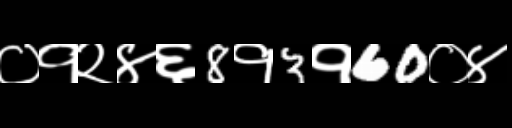
Text: ०१२४६8१3१60०४